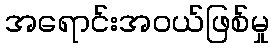
အရောင်းအဝယ်ဖြစ်မှု